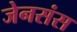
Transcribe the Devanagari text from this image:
जेनसंस